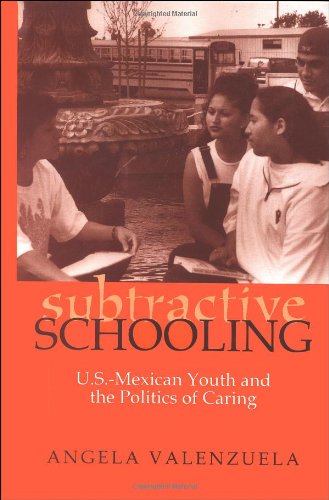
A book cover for Subtractive Schooling:  U.S.-Mexican Youth and the Politics of Caring; Angela Valenzuela; Education & Teaching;